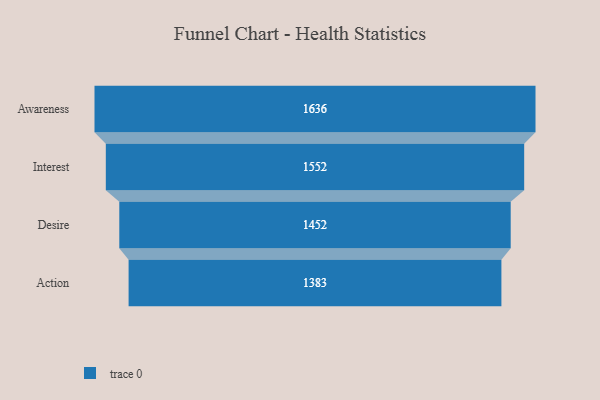
{"axis": {"x": "Stage", "y": "Value"}, "legend": [""], "data": [{"x": "Awareness", "y": 1636.0, "type": ""}, {"x": "Interest", "y": 1552.0, "type": ""}, {"x": "Desire", "y": 1452.0, "type": ""}, {"x": "Action", "y": 1383.0, "type": ""}]}